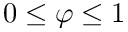
0 \leq \varphi \leq 1